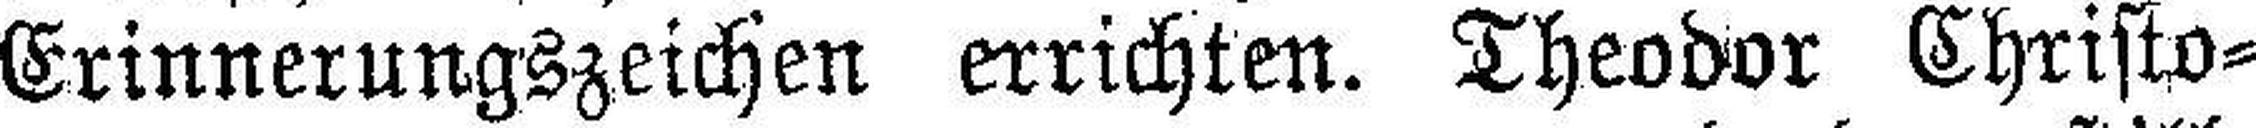
Erinnerungszeichen errichten. Theodor Christo¬